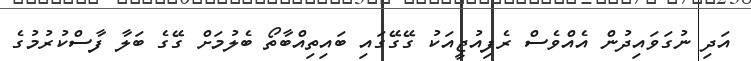
އަދި ނުގަވައިދުން އެއްވެސް ރެފިއުޖީއަކު ގޭގޭގައި ބައިތިއްބާތޯ ބެލުމަށް ގޭގެ ބަލާ ފާސްކުރުމުގެ